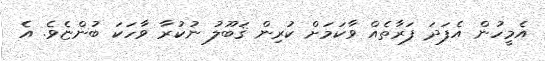
އެމީހުން އެފަދަ ފަރާތެއް ވާކަމަށް ކުރިން ޤަބޫލު ނުކުރާ ވާހަކަ ބުންޏެވެ. އެ